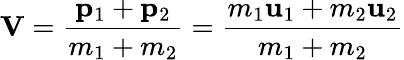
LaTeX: \mathbf{V}={\frac{\mathbf{p}_{1}+\mathbf{p}_{2}}{m_{1}+m_{2}}}={\frac{m_{1}\mathbf{u}_{1}+m_{2}\mathbf{u}_{2}}{m_{1}+m_{2}}}